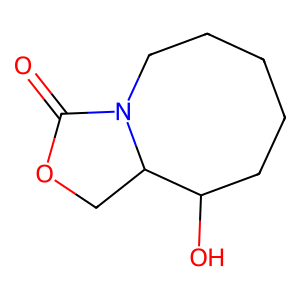
SMILES: O=C1OCC2C(O)CCCCCN12
Inhibits HIV replication: No